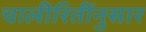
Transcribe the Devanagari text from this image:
चालीरितींनुसार